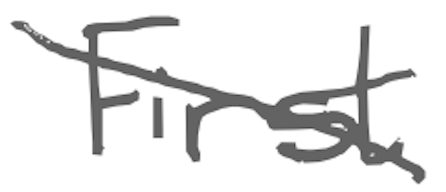
Text: First
Cross-out: diagonal
Writing tool: digital_gray